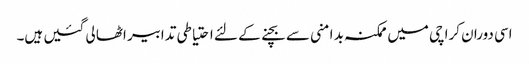
اسی دوران کراچی میں ممکنہ بد امنی سے بچنے کے لئے احتیاطی تدابیر اٹھا لی گئیں ہیں۔